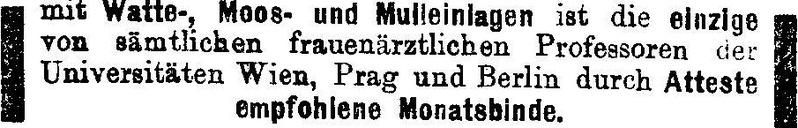
mit Watte-, Moos- und Mulleinlagen ist die einzige